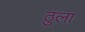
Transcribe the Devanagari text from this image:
ठुला